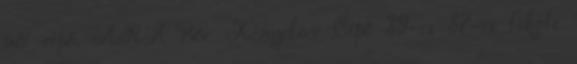
női cipő. ARA Bőr Kényelmi Cipő 39-es 37-es fekete